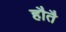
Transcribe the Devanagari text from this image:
हौतै